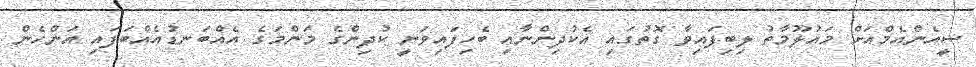
ސީއެންއެމްއަށް މައުލޫމާތު ލިބިފައިވާ ގޮތުގައި އެކުދިންނާއި ބެހިފައިވަނީ ކުދިންގެ މަންމަގެ އެއްބަނޑުއެއްބަފައި އަންހެން